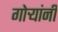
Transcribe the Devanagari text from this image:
गोर्‍यांनी